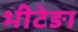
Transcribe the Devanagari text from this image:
भीटेङा